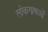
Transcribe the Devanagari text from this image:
लोकगाथओं